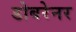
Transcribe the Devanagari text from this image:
डोबरेनर